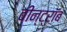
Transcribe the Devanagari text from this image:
वीन्ट्रॉब